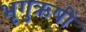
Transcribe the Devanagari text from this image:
भृगुऋषी